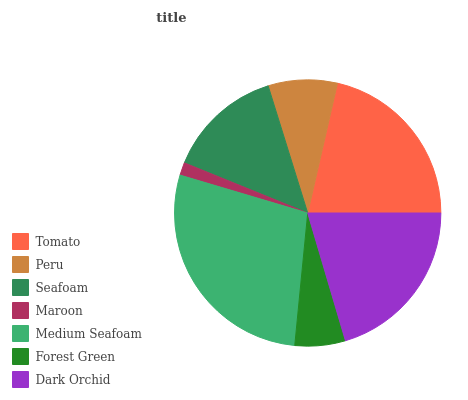
| Tomato | Peru | Seafoam | Maroon | Medium Seafoam | Forest Green | Dark Orchid |
 | --- | --- | --- | --- | --- | --- | --- |
 | 21.5% | 8.39% | 14.1% | 1.55% | 28% | 6.13% | 20.4% |